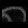
Digit: ၈